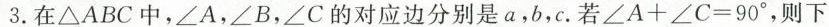
3.在ΔABC中，∠A，∠B，∠C的对应边分别是a，b，c.若 $$∠ A + ∠ C = 9 0 °$$ ，则下